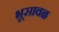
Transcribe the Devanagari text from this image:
भूसावळ